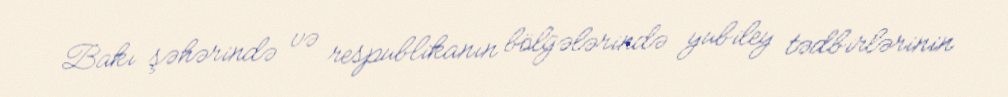
Bakı şəhərində və respublikanın bölgələrində yubiley tədbirlərinin